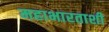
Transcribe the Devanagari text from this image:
महाभारताशी